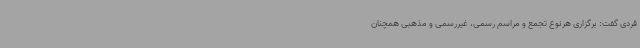
فردی گفت: برگزاری هرنوع تجمع و مراسم رسمی، غیررسمی و مذهبی همچنان